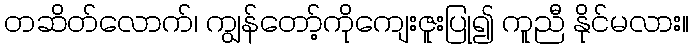
တဆိတ်လောက်၊ ကျွန်တော့်ကိုကျေးဇူးပြု၍ ကူညီ နိုင်မလား။